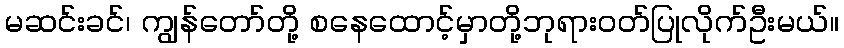
မဆင်းခင်၊ ကျွန်တော်တို့ စနေထောင့်မှာတို့ဘုရားဝတ်ပြုလိုက်ဦးမယ်။